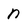
Character: n